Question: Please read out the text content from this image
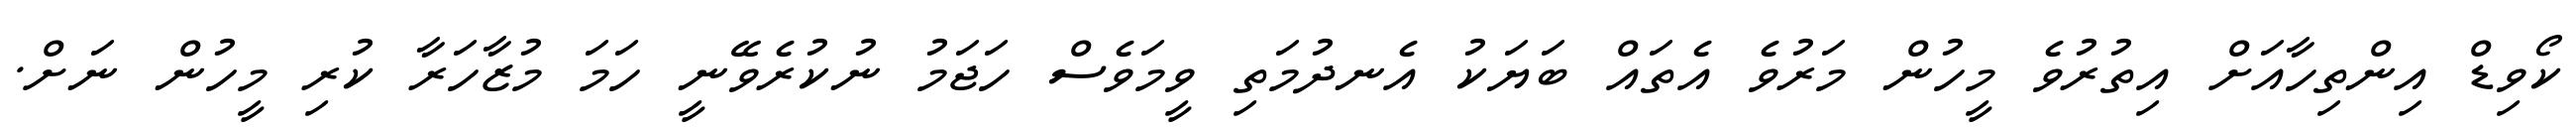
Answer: ކޯވިޑް އިންތިހާއަށް އިތުރުވެ މީހުން މަރުވެ އެތައް ބަޔަކު އެނދުމަތި ވީމަވެސް ހަޖަމު ނުކުރެވޭނީ ހަމަ މުޒާހަރާ ކުރި މީހުން ނަށް.